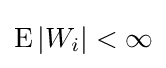
\operatorname {E} |W_{i}|<\infty